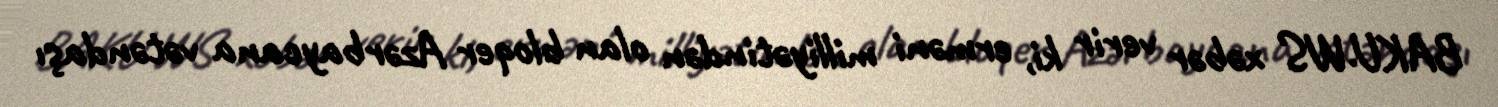
BAKU.WS xəbər verir ki, erməni milliyətindən olan bloqer Azərbaycana vətəndaşı